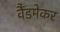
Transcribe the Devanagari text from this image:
वैंडमेकर